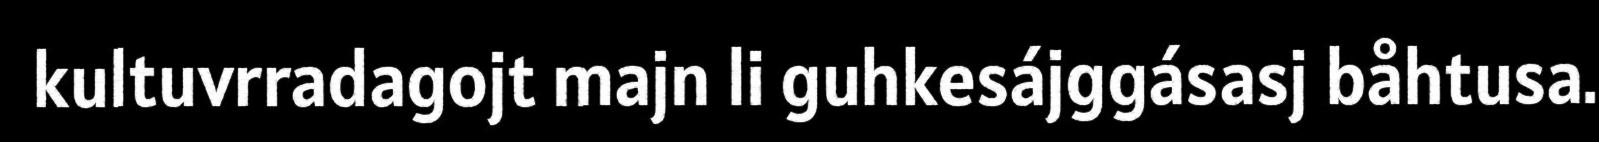
kultuvrradagojt majn li guhkesájggásasj båhtusa.